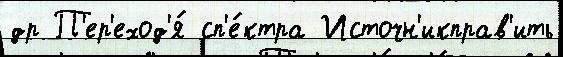
др П'ер'еход'я́ сп'е́ктра Источн'икправ'ить